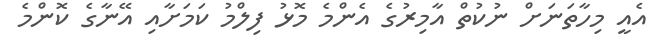
އެއީ މިހާތަނަށް ނުކުތް އާމިރުގެ އެންމެ މޮޅު ފިލްމު ކަމަށާއި އޭނާގެ ކޮންމެ